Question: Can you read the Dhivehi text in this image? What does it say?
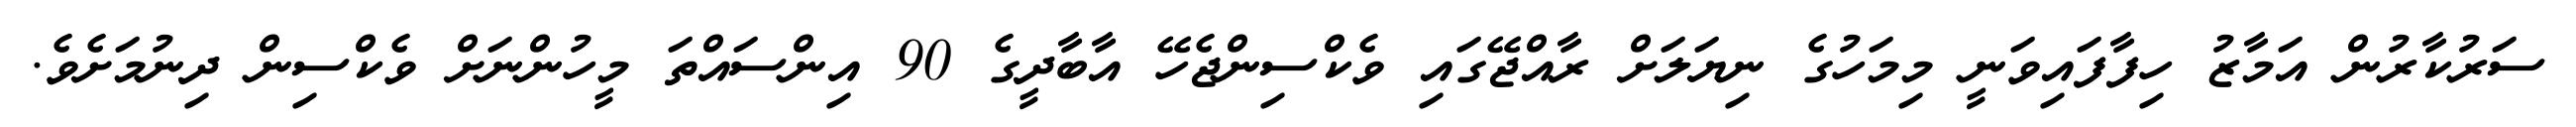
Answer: ސަރުކާރުން އަމާޒު ހިފާފައިވަނީ މިމަހުގެ ނިޔަލަށް ރާއްޖޭގައި ވެކްސިންޖެހޭ އާބާދީގެ 90 އިންސައްތަ މީހުންނަށް ވެކްސިން ދިނުމަށެވެ.